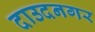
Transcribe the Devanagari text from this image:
दाउदनगर